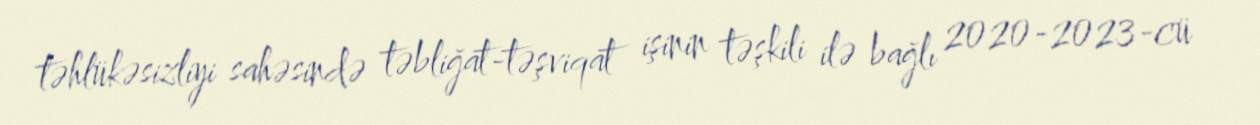
təhlükəsizliyi sahəsində təbliğat-təşviqat işinin təşkili ilə bağlı 2020-2023-cü